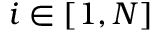
i \in [ 1 , N ]